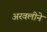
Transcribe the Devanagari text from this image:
अरवलीने